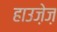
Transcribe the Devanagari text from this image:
हाउज़ेज़